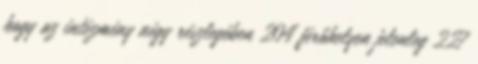
hogy az intézmény négy részlegében 204 férőhelyen jelenleg 227